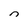
Character: n